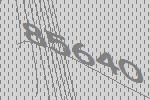
85640